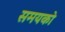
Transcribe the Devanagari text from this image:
समयको